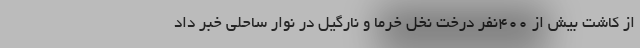
از کاشت بیش از 400نفر درخت نخل خرما و نارگیل در نوار ساحلی خبر داد